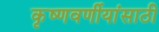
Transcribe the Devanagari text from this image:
कृष्णवर्णीयांसाठी